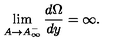
\lim _ { A \rightarrow A _ { \infty } ^ { - } } \frac { d \Omega } { d y } = \infty .